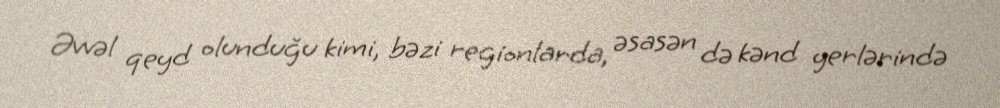
Əvvəl qeyd olunduğu kimi, bəzi regionlarda, əsasən də kənd yerlərində